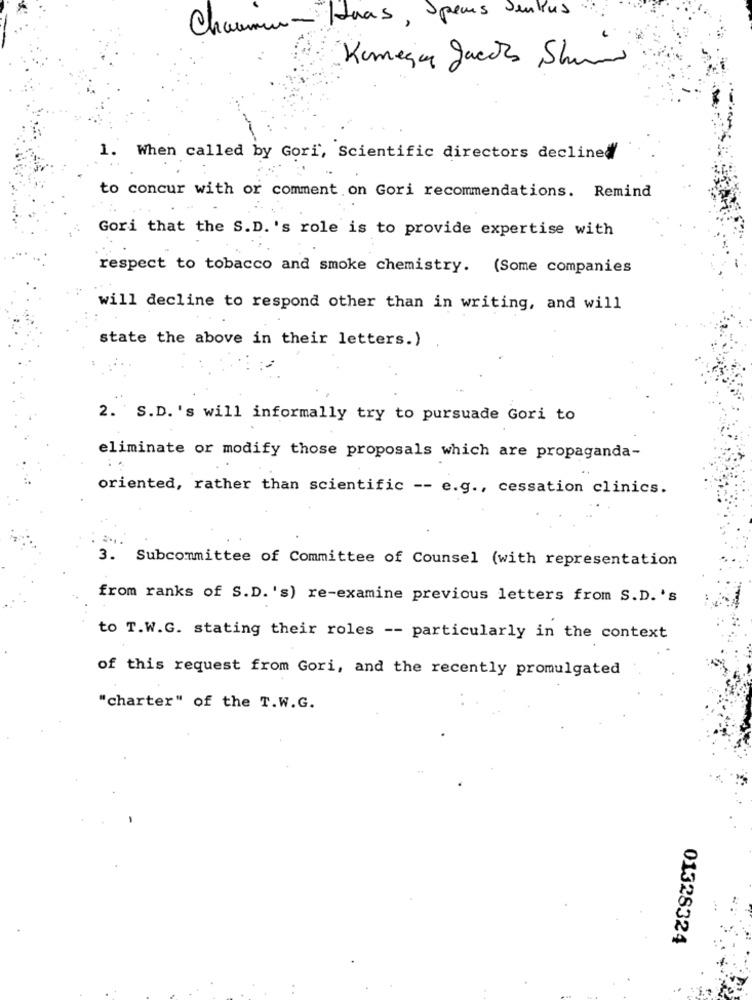
Chaume - Haas , Spens Jemkus
Komega Jacks ,Shun
1. When called by Gori, Scientific directors declined
to concur with or comment on Gori recommendations. Remind
Gori that the S.D. 's role is to provide expertise with
respect to tobacco and smoke chemistry. (Some companies
will decline to respond other than in writing, and will
state the above in their letters.)
2. S.D. 's will informally try to pursuade Gori to
eliminate or modify those proposals which are propaganda-
oriented, rather than scientific -- e.g ., cessation clinics.
3. Subcommittee of Committee of Counsel (with representation
from ranks of S.D. 's) re-examine previous letters from S.D. 's
to T.W.G. stating their roles -- particularly in the context
of this request from Gori, and the recently promulgated
"charter" of the T.W.G.
01328324
..